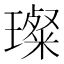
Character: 璨